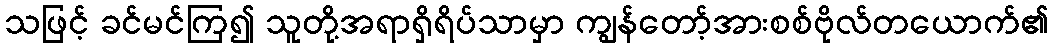
သဖြင့် ခင်မင်ကြ၍ သူတို့အရာရှိရိပ်သာမှာ ကျွန်တော့်အားစစ်ဗိုလ်တယောက်၏